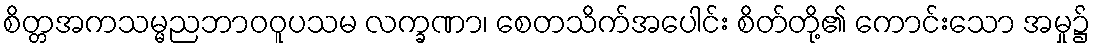
စိတ္တအကသမ္မညဘာဝဝူပသမ လက္ခဏာ၊ စေတသိက်အပေါင်း စိတ်တို့၏ ကောင်းသော အမှု၌